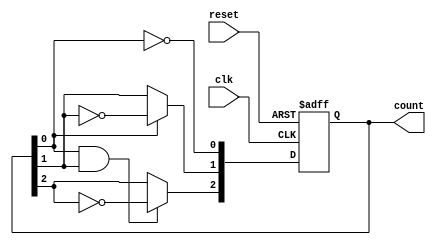
module ripple_counter (
    input wire clk,       // Clock input
    input wire reset,     // Asynchronous reset
    output reg [2:0] count // 3-bit counter output
);

// Always block triggered on the rising edge of the clock or reset
always @(posedge clk or posedge reset) begin
    if (reset) begin
        count <= 3'b000; // Reset counter to 0
    end else begin
        // Ripple counting logic
        count[0] <= ~count[0]; // Toggle LSB
        count[1] <= count[0] ? ~count[1] : count[1]; // Toggle next bit if LSB was 1
        count[2] <= (count[0] & count[1]) ? ~count[2] : count[2]; // Toggle MSB if both LSB and next bit are 1
    end
end

endmodule